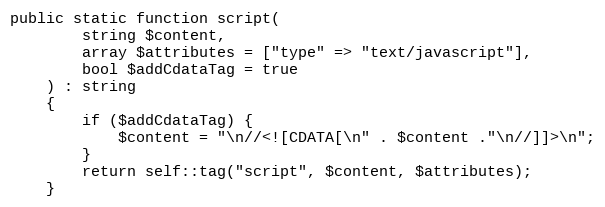
Language: PHP
public static function script(
        string $content,
        array $attributes = ["type" => "text/javascript"],
        bool $addCdataTag = true
    ) : string
    {
        if ($addCdataTag) {
            $content = "\n//<![CDATA[\n" . $content ."\n//]]>\n";
        }
        return self::tag("script", $content, $attributes);
    }